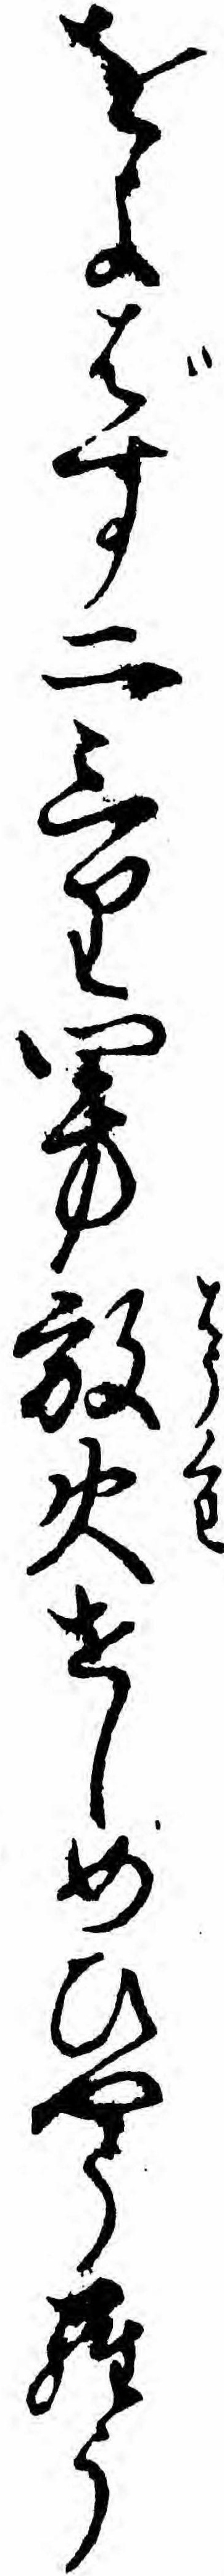
をよばす二三り四方放火せしめひやうらう